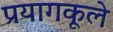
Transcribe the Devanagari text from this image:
प्रयागकूले